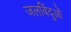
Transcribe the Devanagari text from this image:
जलबिंदुओं